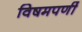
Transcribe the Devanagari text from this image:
विषमपर्णी